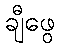
ချီဖွေ